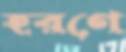
হরণে